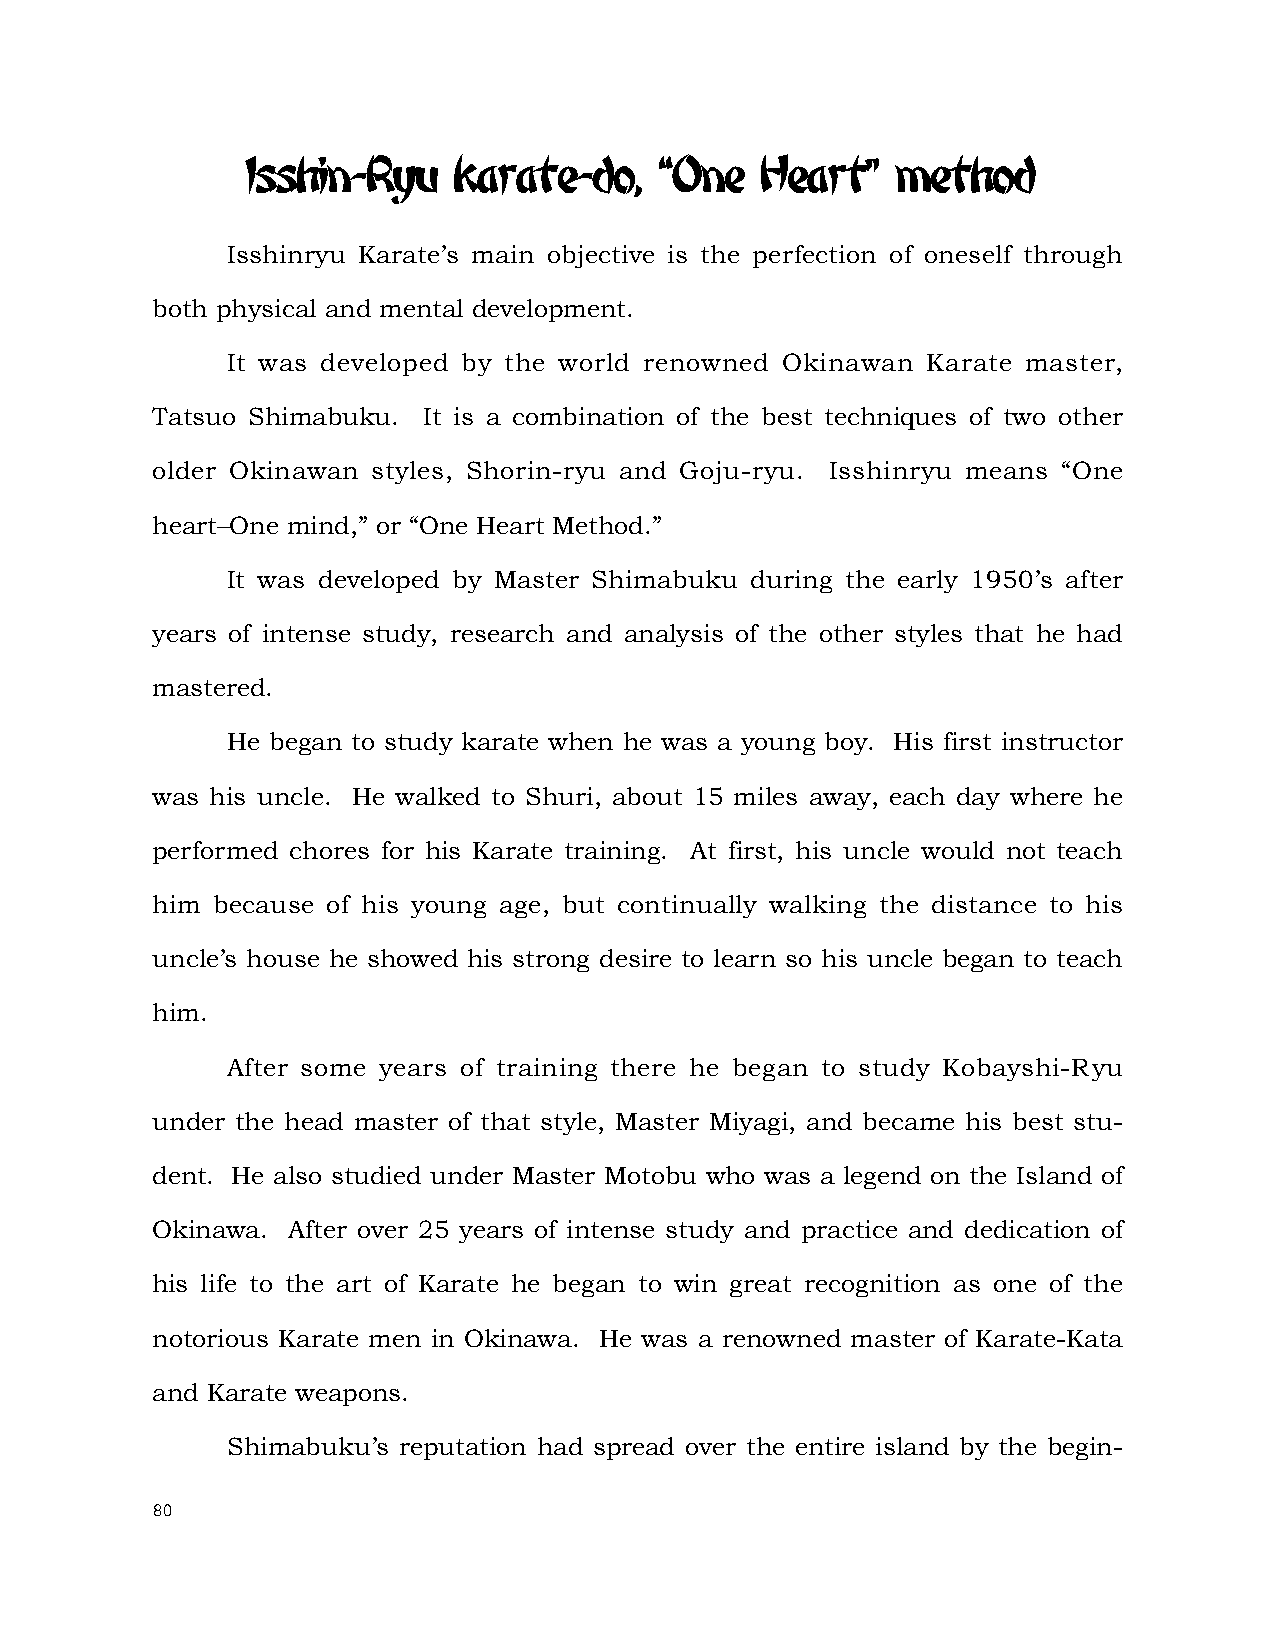
Isshin-Ryu    karate-do,    “One  Heart”   method
 Isshinryu Karate’s main objective is the perfection of oneself through
 both physical and mental development.
 It was developed by the world renowned Okinawan Karate master,
 Tatsuo Shimabuku. It is a combination of the best techniques of two other
 older Okinawan styles, Shorin-ryu and Goju-ryu. Isshinryu means “One
 heart–One mind,” or “One Heart Method.”
 It was developed by Master Shimabuku during the early 1950’s after
 years of intense study, research and analysis of the other styles that he had
 mastered.
 He began to study karate when he was a young boy. His first instructor
 was his uncle. He walked to Shuri, about 15 miles away, each day where he
 performed chores for his Karate training. At first, his uncle would not teach
 him because of his young age, but continually walking the distance to his
 uncle’s house he showed his strong desire to learn so his uncle began to teach
 him.
 After some years of training there he began to study Kobayshi-Ryu
 under the head master of that style, Master Miyagi, and became his best stu-
 dent. He also studied under Master Motobu who was a legend on the Island of
 Okinawa. After over 25 years of intense study and practice and dedication of
 his life to the art of Karate he began to win great recognition as one of the
 notorious Karate men in Okinawa. He was a renowned master of Karate-Kata
 and Karate weapons.
 Shimabuku’s reputation had spread over the entire island by the begin-
 80